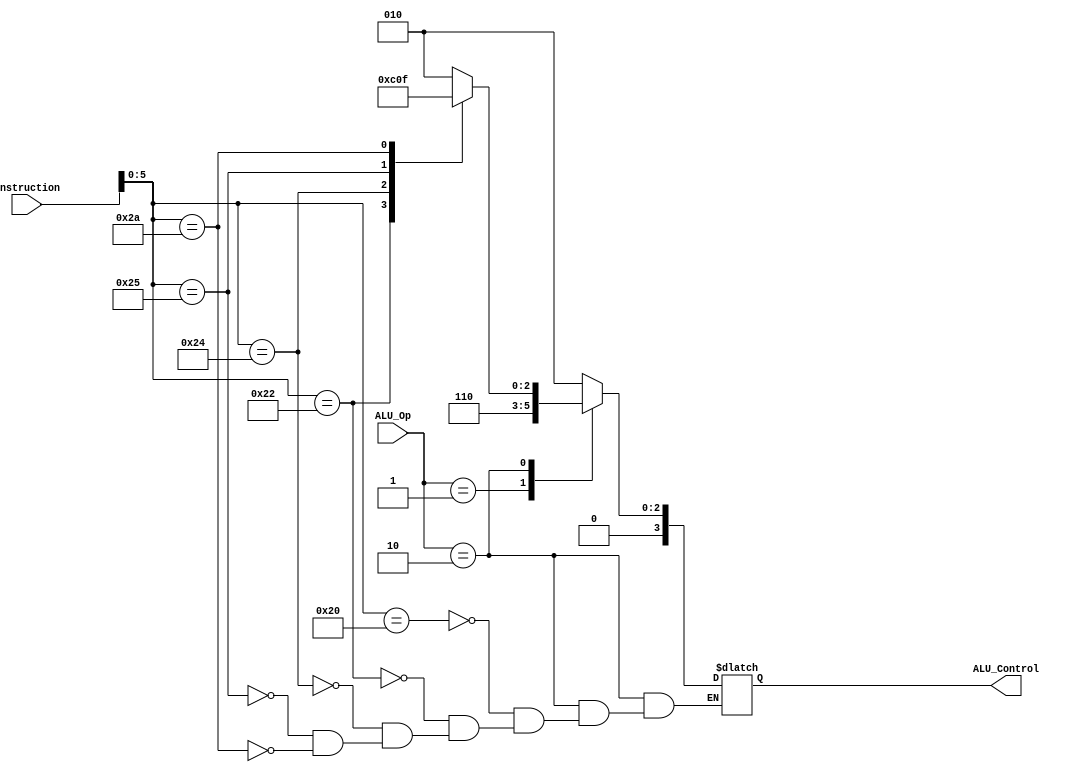
`timescale 1ns / 1ns
//////////////////////////////////////////////////////////////////////////////////
// Company: 
// Engineer: 
// 
// Design Name: 
// Module Name:    ALU_Control 
// Project Name: 
// Target Devices: 
// Tool versions: 
// Description: 
//
// Dependencies: 
//
// Revision: 
// Revision 0.01 - File Created
// Additional Comments: 
//
//////////////////////////////////////////////////////////////////////////////////
module ALU_Control(
	input [31:0] instruction, 
	input [1:0] ALU_Op,
	output reg[3:0] ALU_Control
    );
	 
	 always @(*) begin
		case(ALU_Op)
			2'b00:	ALU_Control = 4'b0010;//lw, sw
			2'b01:	ALU_Control = 4'b0110;//beq
			2'b10:	begin //r-type
							case(instruction[5:0])
								6'b100000:	ALU_Control = 4'b0010;	//add
								6'b100010:	ALU_Control = 4'b0110;	//sub
								6'b100100:	ALU_Control = 4'b0000;	//and
								6'b100101:	ALU_Control = 4'b0001;	//or
								6'b101010:	ALU_Control = 4'b0111;	//slt
							endcase
						end
			2'b11:	ALU_Control = 4'b0010;//addi
		endcase
	 end

endmodule